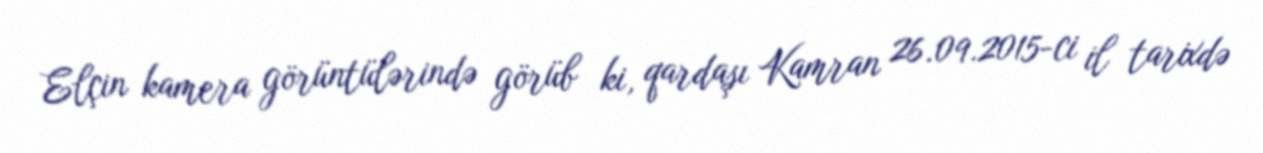
Elçin kamera görüntülərində görüb ki, qardaşı Kamran 26.09.2015-ci il tarixdə